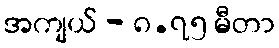
အကျယ် - ၈.၇၅ မီတာ